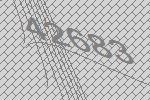
42683